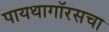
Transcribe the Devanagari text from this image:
पायथागॉरसचा